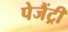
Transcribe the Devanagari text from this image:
पेजैंट्री